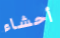
أحشاء